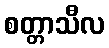
စတ္တာသီလ